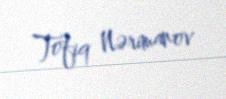
Tofiq Nərimanov